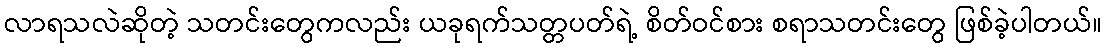
လာရသလဲဆိုတဲ့ သတင်းတွေကလည်း ယခုရက်သတ္တပတ်ရဲ့ စိတ်ဝင်စား စရာသတင်းတွေ ဖြစ်ခဲ့ပါတယ်။